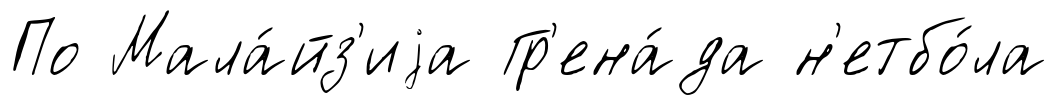
По Мала́йз'иjа Гр'ена́да н'етбо́ла